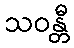
သဝန္တီ